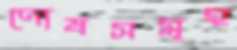
দোষসমূহ